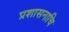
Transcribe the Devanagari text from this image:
प्रशासनाचि